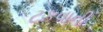
ટકવાની